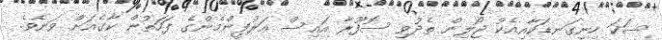
ސަކަ ހިނިގަނޑަކާއިއެކު ޖޯލިން ތެދުވި ސޮފޫރާ އައިސް އަރުފީންމެންގެ ފަހަތުން ކާގެއަށް ވަނެވެ.